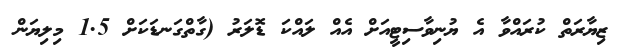
ޒިޔާރަތް ކުރައްވާ އެ ޔުނިވާސިޓީއަށް އެއް ލައްކަ ޑޮލަރު (ގާތްގަނޑަކަށް 1.5 މިލިޔަން